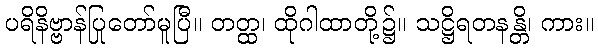
ပရိနိဗ္ဗာန်ပြုတော်မူပြီ။ တတ္ထ၊ ထိုဂါထာတို့၌။ သဋ္ဌိရတနန္တိ၊ ကား။